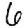
Digit: 6